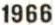
1966